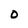
Character: 0